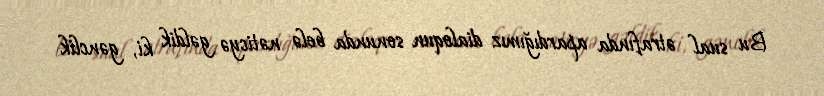
Bu sual ətrafında apardığımız dialoqun sonunda belə nəticyə gəldik ki, gənclik